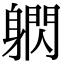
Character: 䠾